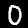
Digit: 0